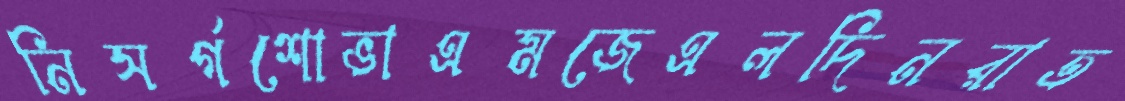
নিসর্গশোভাএমজেএলদিনরাত